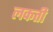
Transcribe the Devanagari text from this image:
लकती